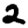
Digit: 2